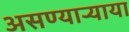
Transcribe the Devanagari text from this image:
असण्यार्‍याया